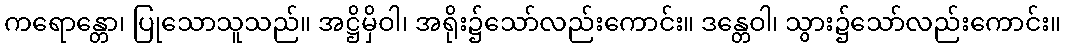
ကရောန္တော၊ ပြုသောသူသည်။ အဋ္ဌိမှိဝါ၊ အရိုး၌သော်လည်းကောင်း။ ဒန္တေဝါ၊ သွား၌သော်လည်းကောင်း။